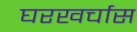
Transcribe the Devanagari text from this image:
घरखर्चास